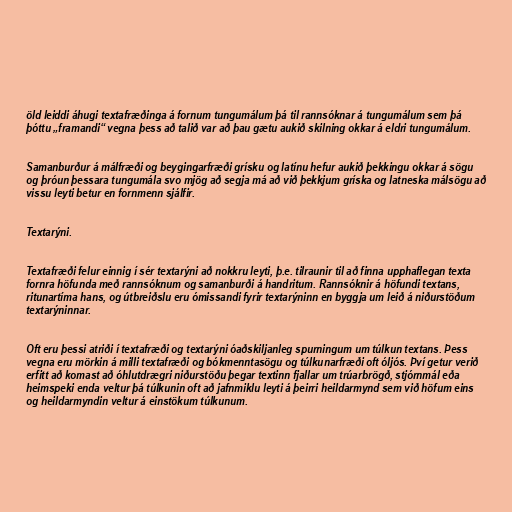
öld leiddi áhugi textafræðinga á fornum tungumálum þá til rannsóknar á tungumálum sem þá
þóttu „framandi“ vegna þess að talið var að þau gætu aukið skilning okkar á eldri tungumálum.

Samanburður á málfræði og beygingarfræði grísku og latínu hefur aukið þekkingu okkar á sögu
og þróun þessara tungumála svo mjög að segja má að við þekkjum gríska og latneska málsögu að
vissu leyti betur en fornmenn sjálfir.

Textarýni.

Textafræði felur einnig í sér textarýni að nokkru leyti, þ.e. tilraunir til að finna upphaflegan texta
fornra höfunda með rannsóknum og samanburði á handritum. Rannsóknir á höfundi textans,
ritunartíma hans, og útbreiðslu eru ómissandi fyrir textarýninn en byggja um leið á niðurstöðum
textarýninnar.

Oft eru þessi atriði í textafræði og textarýni óaðskiljanleg spurningum um túlkun textans. Þess
vegna eru mörkin á milli textafræði og bókmenntasögu og túlkunarfræði oft óljós. Því getur verið
erfitt að komast að óhlutdrægri niðurstöðu þegar textinn fjallar um trúarbrögð, stjórnmál eða
heimspeki enda veltur þá túlkunin oft að jafnmiklu leyti á þeirri heildarmynd sem við höfum eins
og heildarmyndin veltur á einstökum túlkunum.